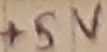
Text: +5V